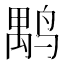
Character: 𪉐